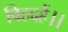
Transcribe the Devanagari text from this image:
विहद्दहैं।।